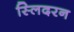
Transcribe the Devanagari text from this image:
स्लिदरन